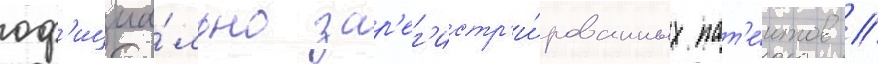
оф'ициа́льно зар'ег'истр'и́рованных пат'е́нтов //